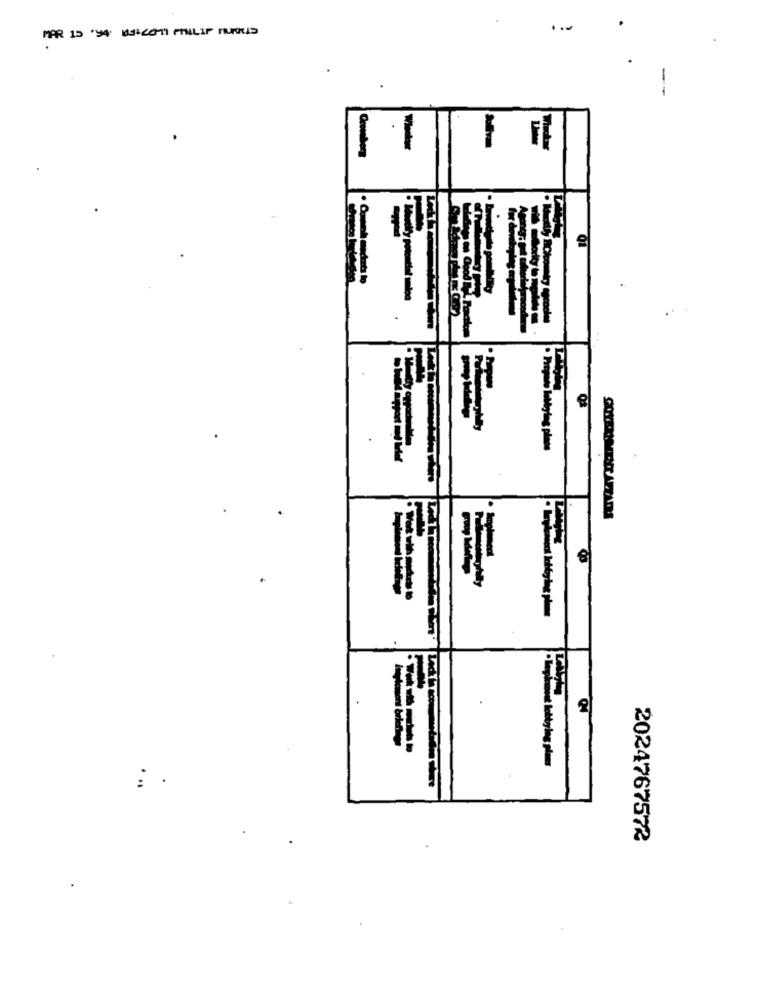
MAR 15 '34' USIZEMI PHILIP TUNUS
SOLERMAIENT APZADE
...
2024767572